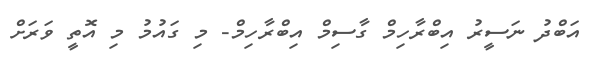
އަބްދު ނަސީރު އިބްރާހިމް ގާސިމް އިބްރާހިމް- މި ގައުމު މި އޮތީ ވަރަށް